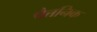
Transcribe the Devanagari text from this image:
पैत्तनिक